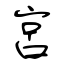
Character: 宮